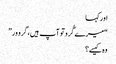
اور کہا
“میرے گُرو تو آپ ہیں، گرو ور”
وہ کیسے؟